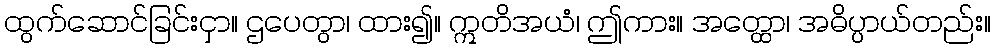
ထွက်ဆောင်ခြင်းငှာ။ ဌပေတွာ၊ ထား၍။ ဣတိအယံ၊ ဤကား။ အတ္ထော၊ အဓိပ္ပာယ်တည်း။